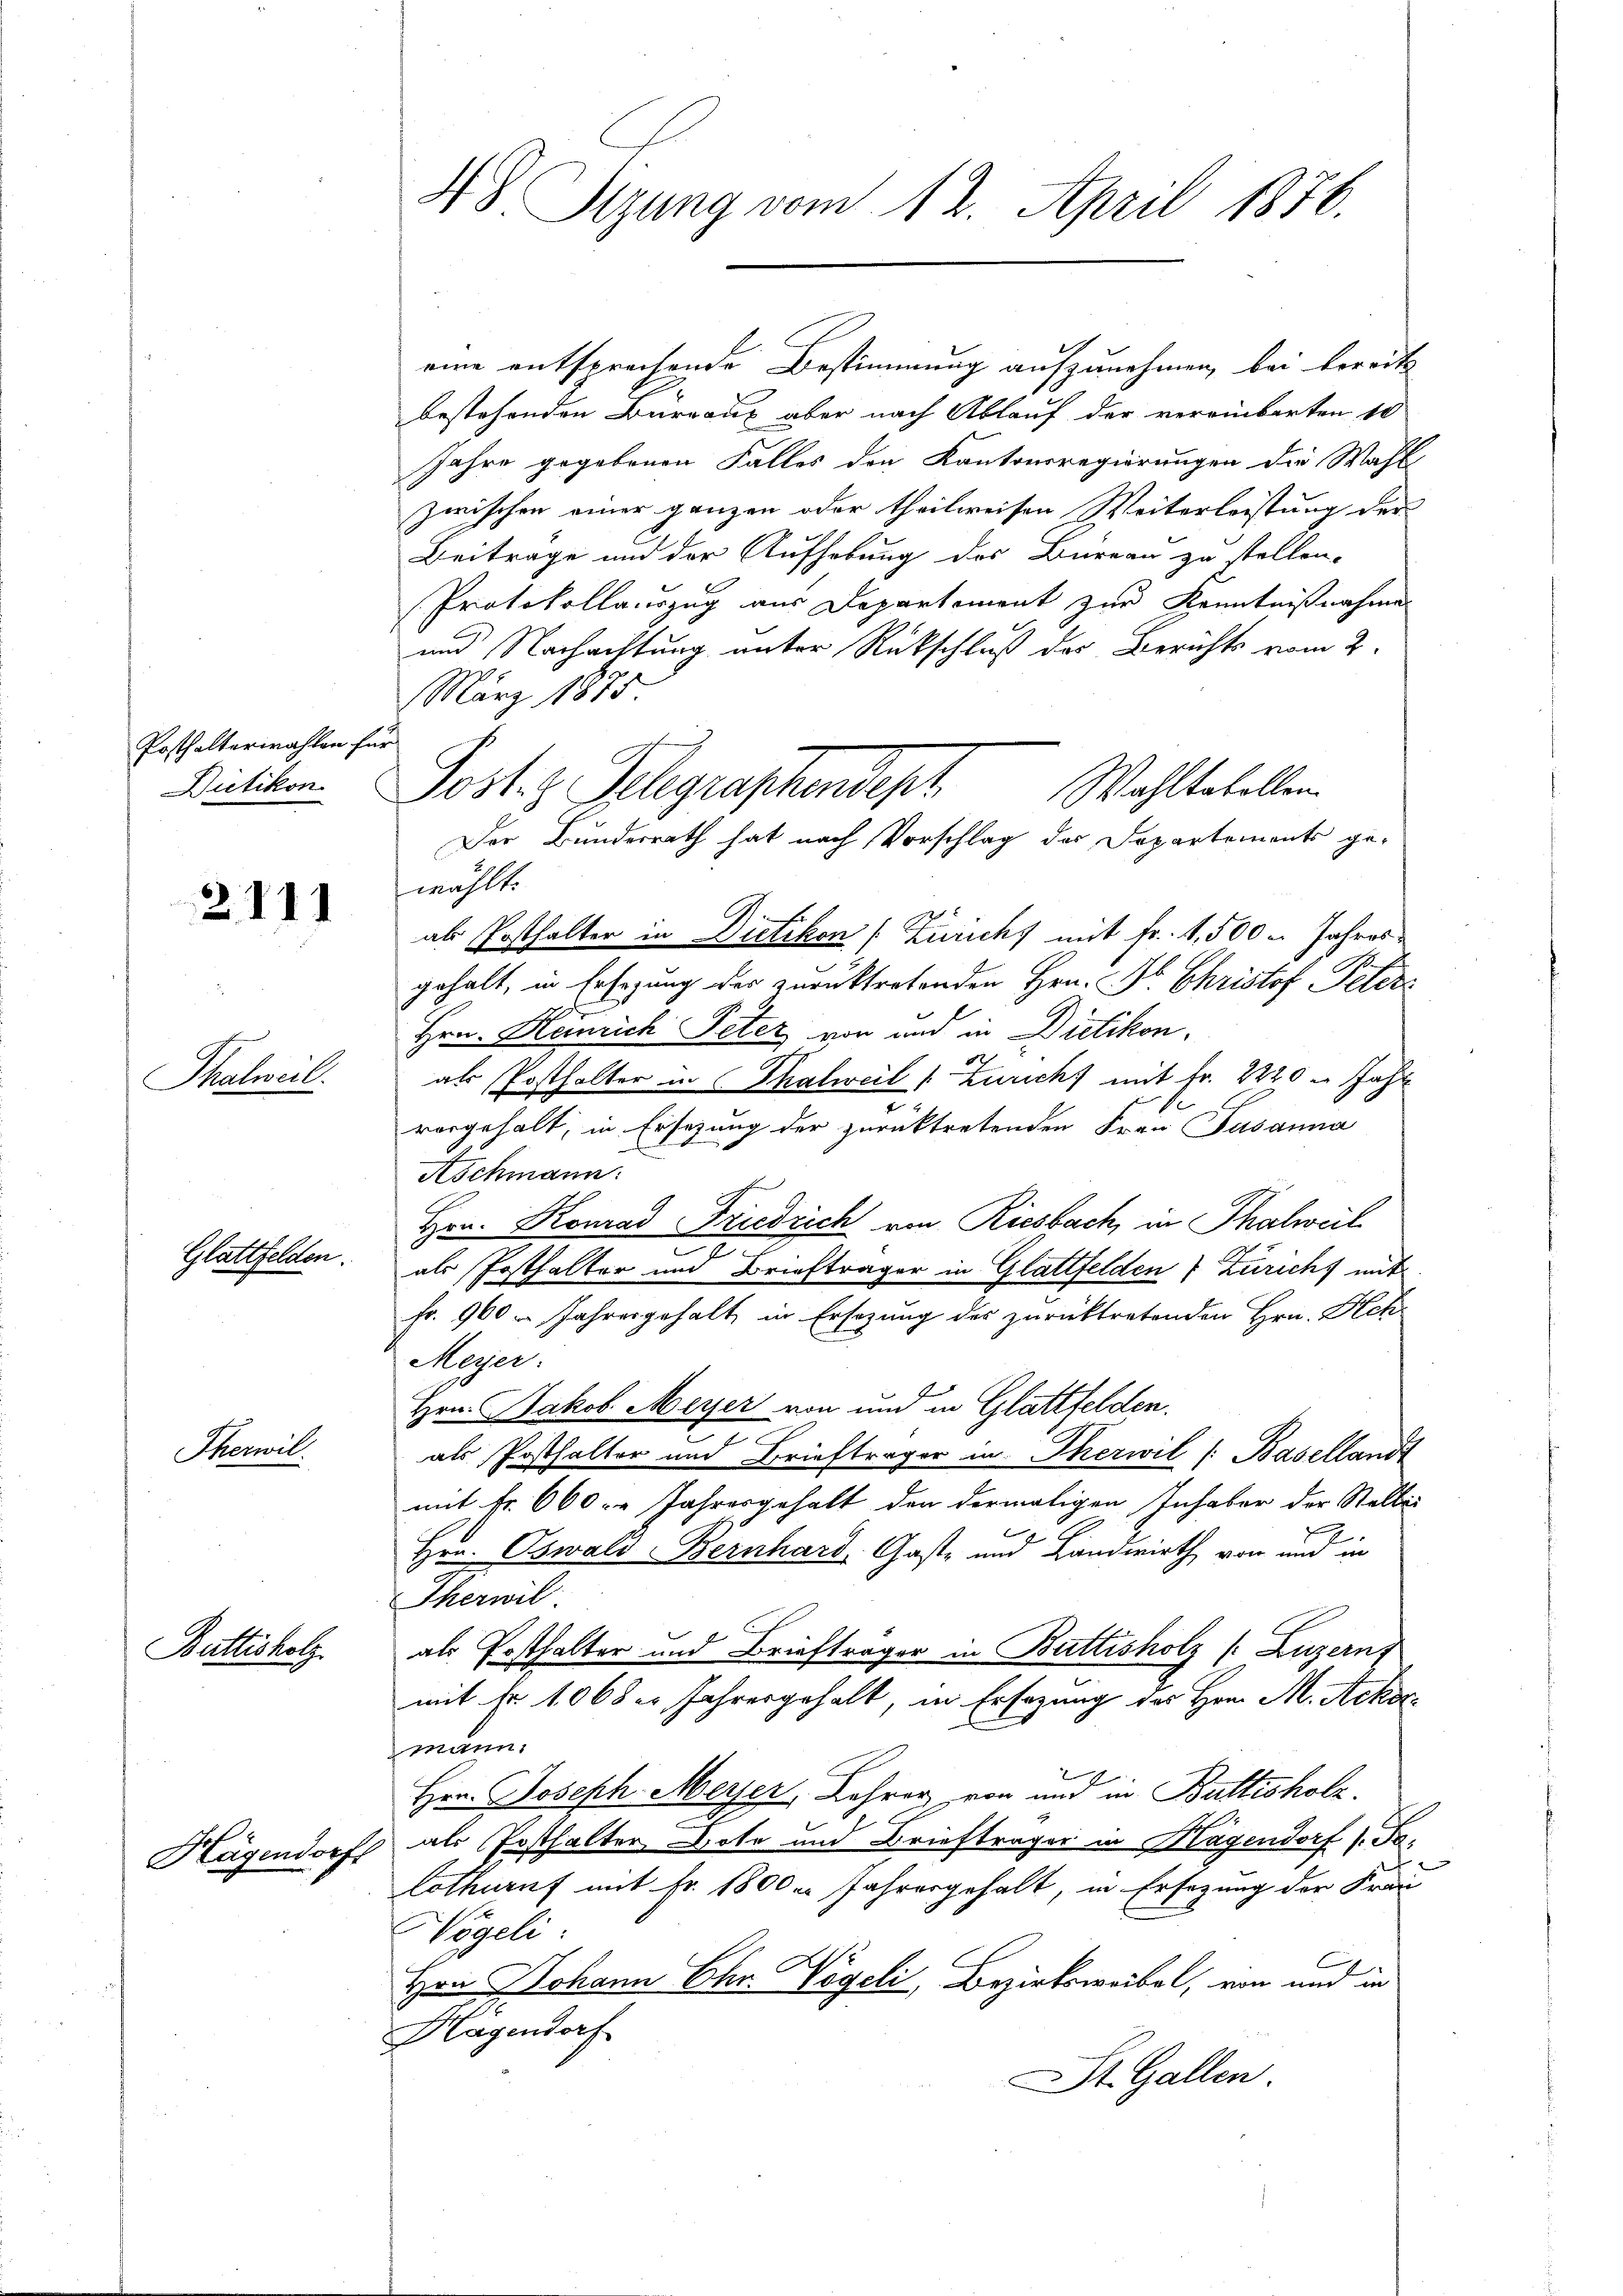
Posthalterwahlen En
Dietikon.

2111

Thalweil.

Glattfelden.

Therwil.

Büttisholz

Hagendorf

48 Sizung vom 12. April 1856.

eine entsprechende Bestimmung aufzunehmen, bei bereit
bestehenden Bureaux aber nach Ablauf der vereinbarten 10
Jahre gegebenen Falles den Kantonsregierungen die Wahl
zwischen einer ganzen oder theilweisen Weiterleistung der
Beitrage und der Aufhebung des Bureau zu stellen-
Protokollauszug aus Departement zur Kenntnißnahme
und Nachachtung unter Rückschluß des Berichts vom 2.
März 1875
u
Post z. Belegraphendept
wählt.
ab Posthalter in Dietikon [Züricht mit Fr. 1,500 u. Jahres
gehalt, in Ersezung der zurücktretenden Hrn. Pr. Christof Peter
Hrn. Heinrich Peter von und in Dietikon.
e
als Posthalter in Thalweil (zuricht mit Fr. 2220 u Jahr
vorgehalt, in Ersezung der zurücktretenden Frau Susanna
Aschmann:
Hrn. Konrad Friedrich am Riesbach, in Thalweil
e
als Posthalter und Briefträger in Glattfelden 7 Züricht mit
fr. 960 u. Jahresgehalt, in Ersezung des zurücktretenden Hrn. Hch
Meyer:
Hrn. Jakob Meyer von und in Glattfelden.
z
als Posthalter und Briefträger in Therwil /: Basellandt
mit Fr. 660. " Jahresgehalt den dermaligen Inhaber der Stellei
g
.
Hrn. Oswald Bernhard Gaste und Landwirth von und in
Therwil
als Posthalter und Briefträger in Buttisholz (Luzern
mit Fr. 1068 er Jahresgehalt, in Ersezung des Hrn. M. Ackor
mann.
2
Hrn. Joseph Meyer, Jahrer von und in Buttisholz.
als Posthalter Bote und Briefträger in Hagendorf (Felothuruf mit Fr. 1800er Jahresgehalt, in Ersezung der Fran
Nögeli
Hrn Johann Chr. Vögeli, Bezirksweibel, von und in
Hagendorf
St. Gallen.

Wahltakollen.
Der Bundesrath hat nach Vorschlag des Departements ge-